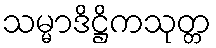
သမ္မာဒိဋ္ဌိကသုတ္တ